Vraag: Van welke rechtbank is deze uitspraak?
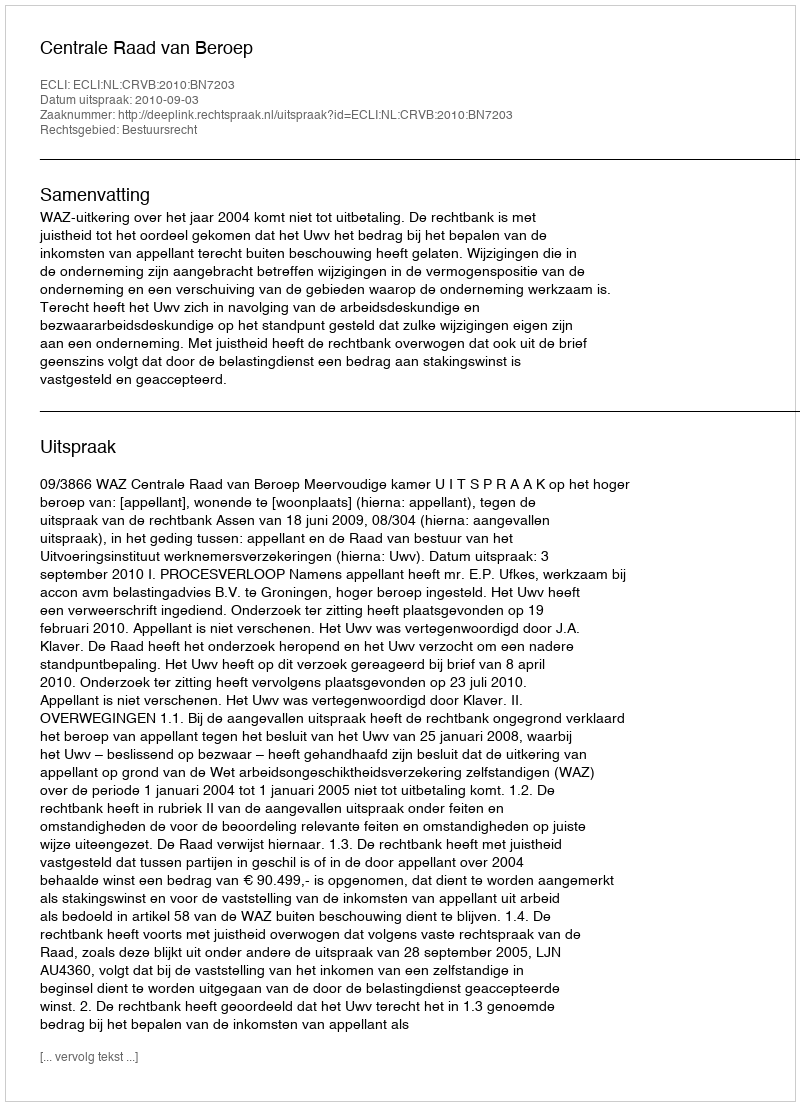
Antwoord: Centrale Raad van Beroep